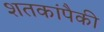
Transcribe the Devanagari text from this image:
शतकांपैकी